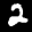
Label: 2